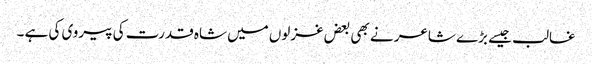
غالب جیسے بڑے شاعر نے بھی بعض غزلوں میں شاہ قدرت کی پیروی کی ہے ۔